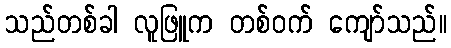
သည်တစ်ခါ လူဖြူက တစ်ဝက် ကျော်သည်။